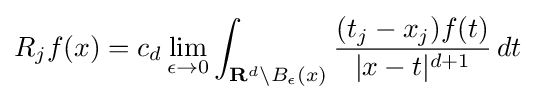
R_{j}f(x)=c_{d}\lim _{\epsilon \to 0}\int _{\mathbf {R} ^{d}\backslash B_{\epsilon }(x)}{\frac {(t_{j}-x_{j})f(t)}{|x-t|^{d+1}}}\,dt